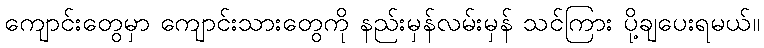
ကျောင်းတွေမှာ ကျောင်းသားတွေကို နည်းမှန်လမ်းမှန် သင်ကြား ပို့ချပေးရမယ်။